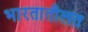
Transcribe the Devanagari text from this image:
भारतातीलत